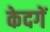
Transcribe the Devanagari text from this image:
केदगें